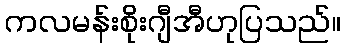
ကလမန်းစိုးဂျီအီဟုပြသည်။